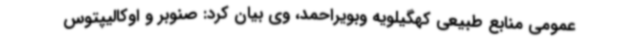
عمومی منابع طبیعی کهگیلویه وبویراحمد، وی بیان کرد: صنوبر و اوکالیپتوس